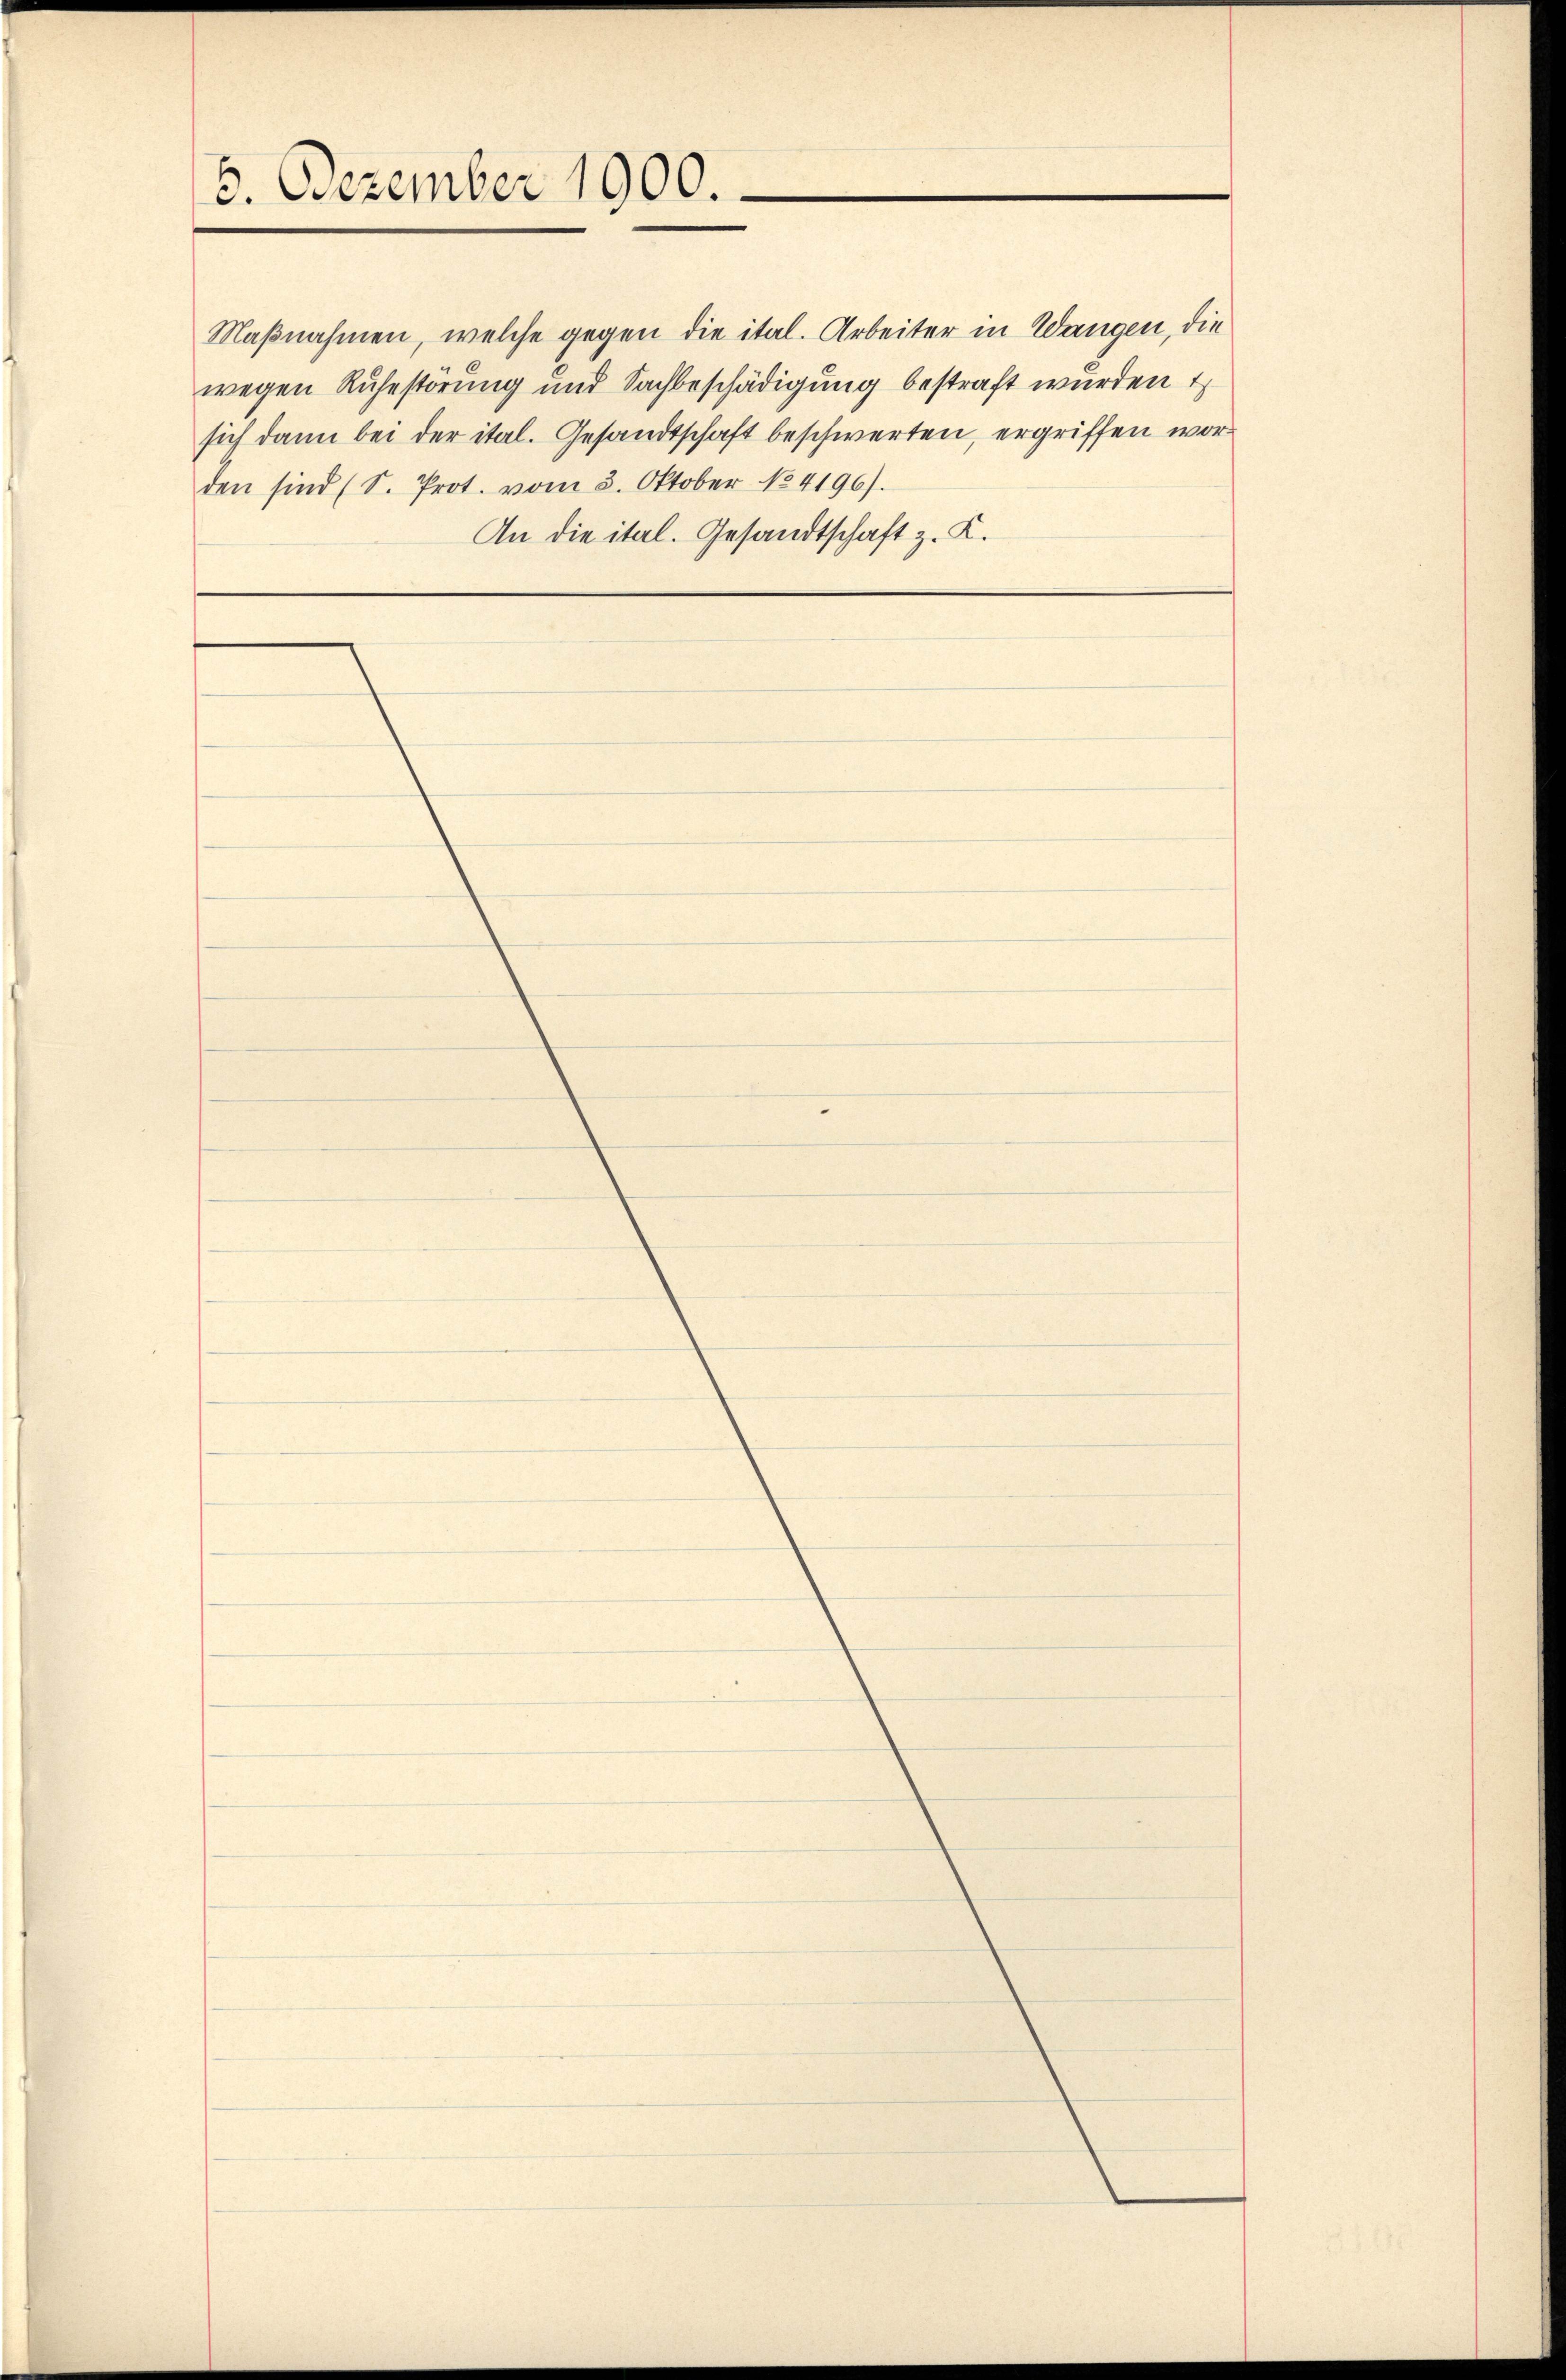
6. Dezember 1900.

den sind (S. Prot. vom 3. Oktober No 4196).
An die ital. Gesandtschaft z. K.

Maßnahmen, welche gegen die ital. Arbeiter in Wangen, die
wegen Ruhestörung und Sachbeschädigung bestraft wurden t
sich dann bei der ital. Gesandtschaft beschwerten, ergriffen wor¬